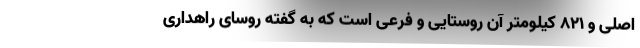
اصلی و ۸۲۱ کیلومتر آن روستایی و فرعی است که به گفته روسای راهداری